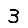
Digit: 3